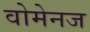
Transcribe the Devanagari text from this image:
वोमेनज